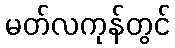
မတ်လကုန်တွင်